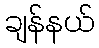
ချန်နယ်